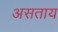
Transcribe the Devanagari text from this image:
असताय